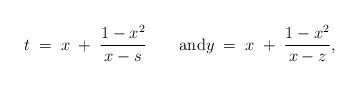
\begin{align*}t \; =\; x \; + \; \frac{1-x^2}{x-s}\qquad\mbox{and}y \; =\; x \; + \; \frac{1-x^2}{x-z},\end{align*}